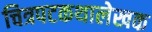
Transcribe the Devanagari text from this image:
चित्रपटकथालेखक